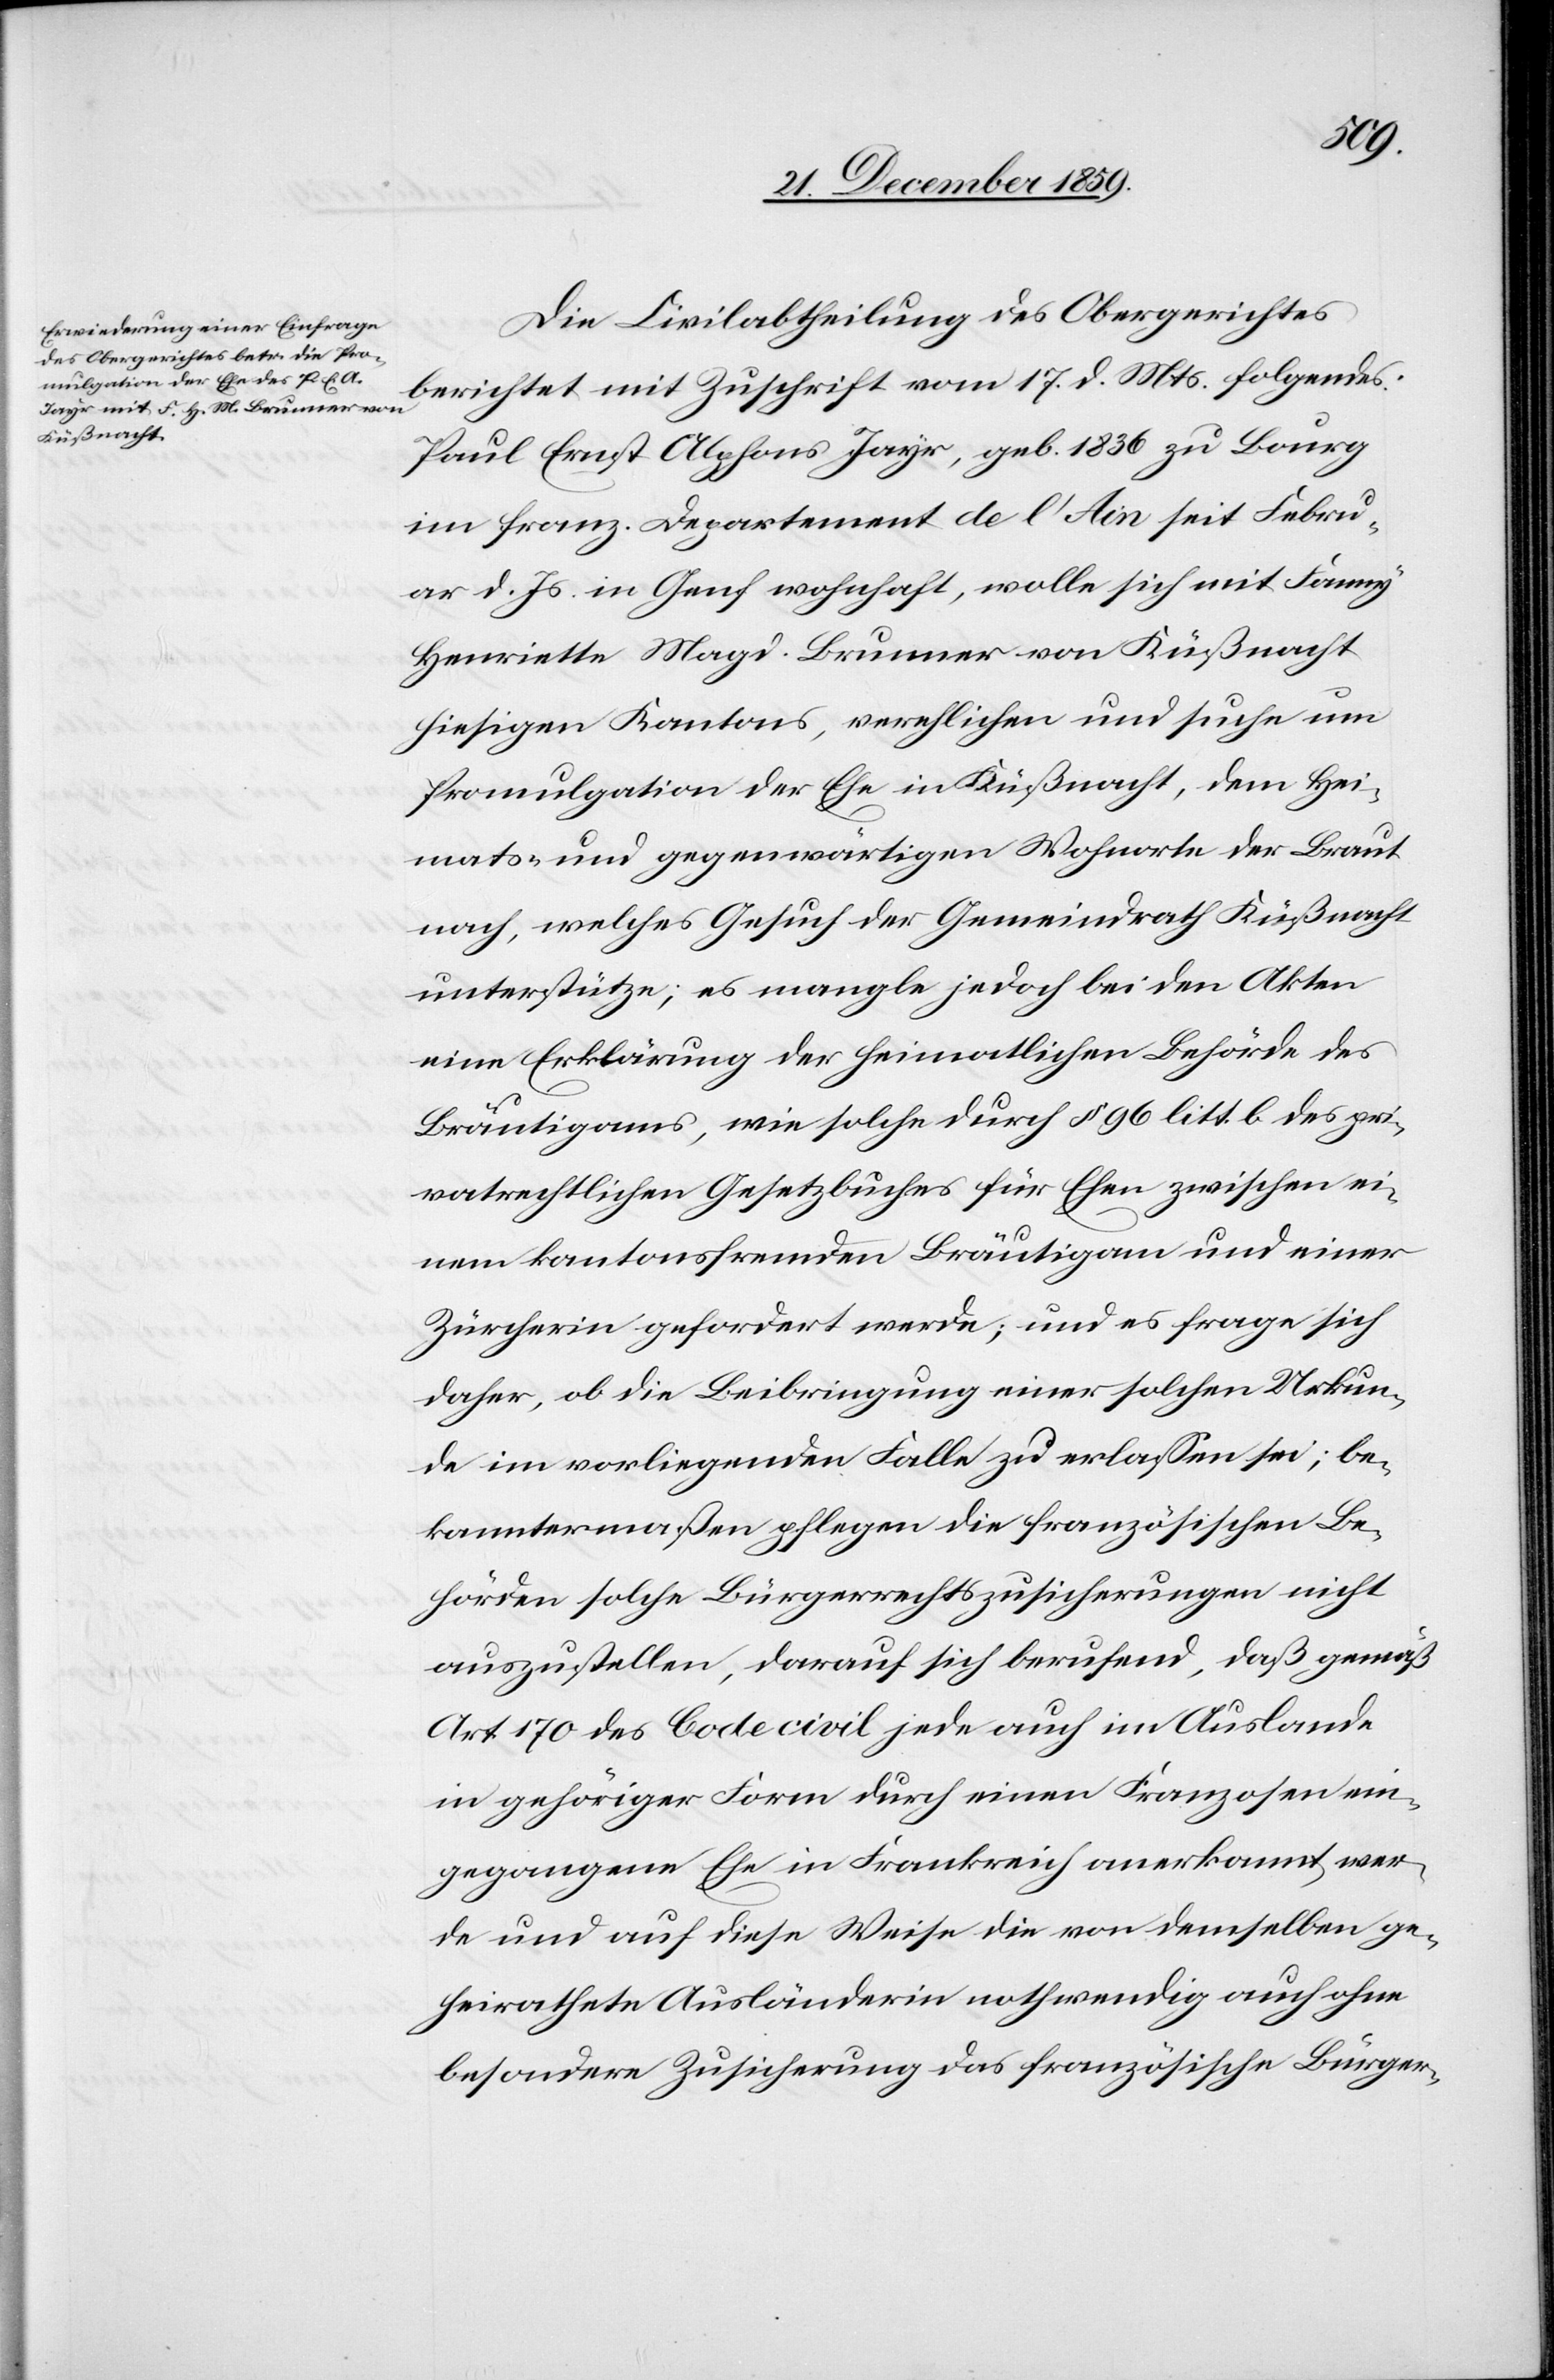
Die Civilabtheilung des Obergerichtes
berichtet mit Zuschrift vom 17. d. Mts. folgendes:
Paul Ernst Alphons Jayr, geb. 1836 zu Bourg
im franz. Departement de l’Ain seit Febru¬
ar d. Js. in Genf wohnhaft, wolle sich mit Fanny
Henriette Magd. Brunner von Küsnacht
hiesigen Kantons, verehelichen und suche um
Promulgation der Ehe in Küßnacht, dem Hei¬
mats- und gegenwärtigen Wohnorte der Braut
nach, welches Gesuch der Gemeindrath Küßnacht
unterstütze; es mangle jedoch bei den Akten
eine Erklärung der heimatlichen Behörde des
Bräutigams, wie solche durch § 96 litt: b des pri¬
vatrechtlichen Gesetzbuches für Ehen zwischen ei¬
nem kantonsfremden Bräutigam und einer
Zürcherin gefordert werde; und es frage sich
daher, ob die Beibringung einer solchen Urkun¬
de im vorliegenden Falle zu erlassen sei; be¬
kanntermaßen pflegen die französischen Be¬
hörden solche Bürgerrechtszusicherungen nicht
auszustellen, darauf sich berufend, daß gemäß
Art 170 des Code civil jede auch im Auslande
in gehöriger Form durch einen Franzosen ein¬
gegangene Ehe in Frankreich anerkannt wer¬
de und auf diese Weise die von demselben ge¬
heirathete Ausländerin nothwendig auch ohne
besondere Zusicherung das französische Bürger-